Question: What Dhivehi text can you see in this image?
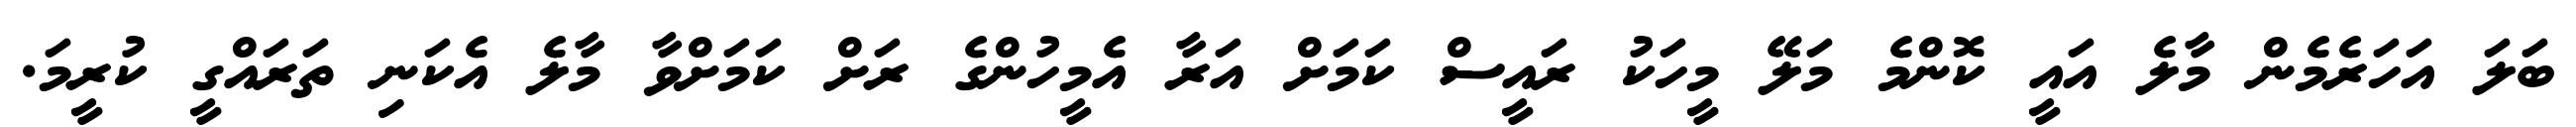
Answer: ބަލަ އަހަރެމެން މާލެ އައީ ކޮންމެ މަލޭ މީހަކު ރައީސް ކަމަށް އަރާ އެމީހުންގެ ރަށް ކަމަށްވާ މާލެ އެކަނި ތަރައްގީ ކުރީމަ.